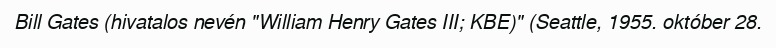
Bill Gates (hivatalos nevén "William Henry Gates III; KBE)" (Seattle, 1955. október 28.